Report on horse surra - Volume II, Part I
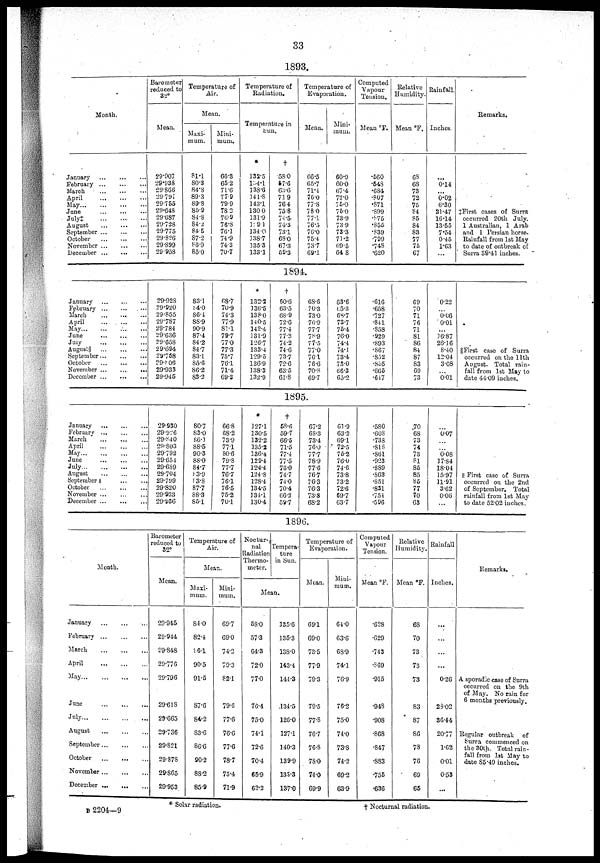
33
1893.
Month.
January
February ...
...
...
March ... ...
April
May
June
July‡
...
August
September
October
November
December
Barometer
reduced to
32°
Mean.
29.907
29.938
29.866
29.791
29.755
29.648
29.687
29.728
29.775
29.826
29.899
29.958
Temperature of
Air.
Mean.
Maxi-
mum.
81.1
80.3
84.8
89.3
89.8
85.9
84.8
84.2
84.5
87.2
86.9
85.0
Mini-
mum.
66.3
65.2
71.6
77.9
79.9
78.3
76.9
76.8
76.1
74.9
74.3
70.7
Temperature of
Radiation.
Temperature in
Sun.
*
132.5
134.1
138.6
141.8
143.1
130.0
131.9
139.1
134.0
138.7
135.3
133.1
†
58.0
57.6
63.6
71.9
76.4
75.8
74.5.
74.3
73.1
68.0
67.3
59.3
Temperature of
Evaporation.
Mean.
66.5
65.7
71.4
76.0
77.8
78.0
77.1
76.5
76.0
75.4
73.7
69.1
Mini-
mum.
60.9
60.0
67.4
72.0
75.0
75.0
73.9
73.9
73.3
71.2
69.5
64.8
Computed
Vapour
Tension,
Mean °F.
.560
.548
.684
.807
.871
.899
.875
.855
.839
.799
.748
.620
Relative
Humidity.
Mean °F.
68
68
73
72
75
84
85
84
83
77
75
67
Rainfall.
Inches.
0.14
...
0.02
6.30
21.47
16.14
13.55
7.54
0.45
1.63
...
Remarks.
‡First cases of Surra
occurred 20th July.
1 Australian, 1 Arab
and 1 Persian horse.
Rainfall from 1st May
to date of outbreak of
Surra 39.41 inches.
1894.
January
February
...
March
April
...
May...
June
July
August§
September
October
November
...
December
29.928
29.920
29.855
29.787
29.784
29.636
29.658
29.694
29.758
29.806
29.933
29.945
83.1
84.0
86.4
88.9
90.9
87.4
84.2
84.7
83.1
85.6
86.2
83.2
68.7
70.9
74.3
77.9
81.1
79.7
77.0
77.3
75.7
76.1
71.4
69.3
*
132.2
136.5
138.0
140.5
142.4
131.9
126.7
133.4
129.5
136.9
138.3
132.9
†
60.6
63.5
68.9
72.6
77.4
77.3
74.2.
74.6
73.7
72.6
63.5
61.8
68.6
70.3
73.0
76.9
77.7
78.9
77.5
77.0
76.1
76.6
70.8
69.7
63.6
65.3
68.7
73.7
75.4
76.0
74.4
74.1
73.4
73.0
66.3
65.2
.616
.658
.727
.841
.858
.929
.893
.867
.852
.855
.665
.647
69
70
71
76
71
81
86
84
87
83
69
73
0.22
0.06
0.01
...
16.87
26.16
8.40
12.04
3.08
0.01
§First case of Surra
occurred on the 11th
August. Total rain-
fall from 1st May to
date 44.09 inches.
1895.
January
February
March
April
May
June
July
August
September ....
October
November
December
29.930
29.926
29.840
29.803
29.792
29.654
29.689
29.704
29.799
29.820
29.933
29.936
80.7
83.0
86.1
88.5
90.3
88.0
84.7
83.9
83.8
87.7
88.3
85.1
66.8
68.2
73.9
77.1
80.6
79.8
77.7
76.7
76.1
76.5
75.2
70.1
*
127.1
130.5
132.2
135.2
136.4
129.4
124.4
124.8
128.4
134.5
134.1
130.4
†
58.6
59.7
66.5
71.5
77.4
77.5
78.0
74.7
74.0
70.4
66.2
59.7
67.2
68.3
73.4
76.0
77.7
78.9
77.6
76.7
76.3
76.3
73.8
68.2
63.9
63.2
69.1
72.5
75.2
76.0
74.6
73.8
73.2
72.6
69.7
63.7
.580
.608
.738
.818
.861
.923
.889
.863
.851
.831
.754
.596
70
68
73
74
73
81
85
85
85
77
70
63
0.07
0.08
17.84
18.04
15.97
11.91
3.62
0.06
|| First case of Surra
occurred on the 2nd
of September. Total
rainfall from 1st May
to date 52.02 inches.
1896.
Month.
January
February
March
April
May
June
...
July
...
August
September
October
November
December ..
Barometer
reduced to
32°
Mean.
29.945
29.944
29.848
29.776
29.796
29.618
29.665
29.736
29.821
29.878
29.865
29.953
Temperature of
Air.
Mean.
Maxi-
mum.
84.0
82.4
86.1
90.5
91.5
87.6
84.2
83.6
86.6
90.2
88.2
85.9
Mini-
mum.
69.7
69.0
74.2
79.3
82.1
79.6
77.6
76.6
77.6
78.7
75.4
71.9
Noctur¬
nal
Radiation
Thermo-
meter.
Tempera-
ture
in Sun,
Mean.
58.0
57.3
64.3
72.0
77.0
76.4
75.0
74.1
72.6
70.4
65.9
62.2
135.6
135.3
138.0
143.4
141.3
134.5
126.0
127.1
140.3
139.9
138.3
137.0
Temperature of
Evaporation.
Mean.
69.1
69.0
73.5
77.9
79.3
79.5
77.8
76.7
76.8
78.0
74.0
69.9
Mini-
mum.
64.0
63.6
68.9
74.1
76.9
76.2
75.0
74.0
73.8
74.2
69.2
63.9
Computed
Vapour
Tension.
Mean °F.
.628
.629
.743
.869
.915
.948
.908
.868
.847
.883
.755
.636
Relative
Humidity.
Mean °F.
68
70
73
73
73
83
87
86
78
76
69
65
Rainfall
Inches.
...
0.26
28.02
36.44
20.77
1.62
0.01
0.53
...
Remarks.
A sporadic case of Surra
occurred on the 9th
of May. No rain for
6 months previously.
Regular outbreak of
Surra commenced on
the 30th. Total rain-
fall from 1st May to
date 85.49 inches.
* Solar radiation.
†
Nocturnal radiation.
B 2204—9